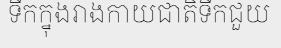
ទឹកក្នុងរាងកាយជាតិទឹកជួយ